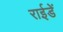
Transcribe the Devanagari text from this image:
राईडें